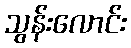
သွန်းလောင်း